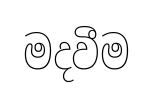
මදවීම